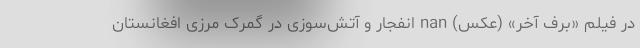
در فیلم «برف آخر» (عکس) nan انفجار و آتش‌سوزی در گمرک مرزی افغانستان